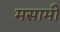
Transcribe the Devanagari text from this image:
मसामी